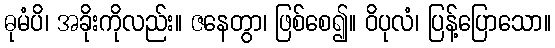
ဓုမံပိ၊ အခိုးကိုလည်း။ ဇနေတွာ၊ ဖြစ်စေ၍။ ဝိပုလံ၊ ပြန့်ပြောသော။